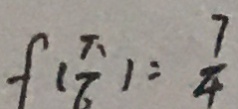
f ( \frac { \pi } { 6 } ) = \frac { 7 } { 4 }